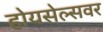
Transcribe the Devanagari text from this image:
होयसेल्सवर